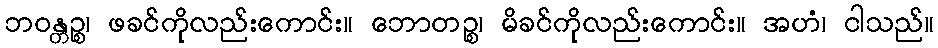
ဘဝန္တဉ္စ၊ ဖခင်ကိုလည်းကောင်း။ ဘောတဉ္စ၊ မိခင်ကိုလည်းကောင်း။ အဟံ၊ ငါသည်။